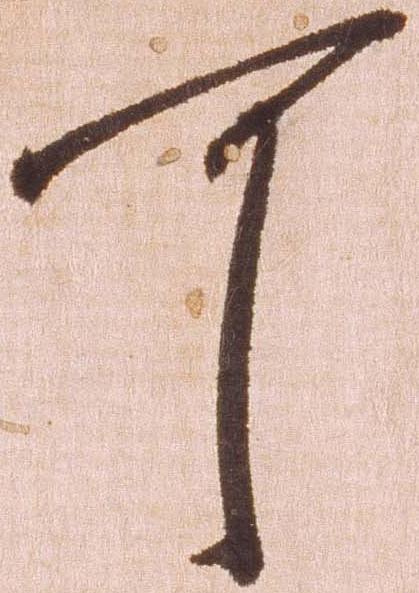
可